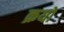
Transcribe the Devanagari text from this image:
क्रयों